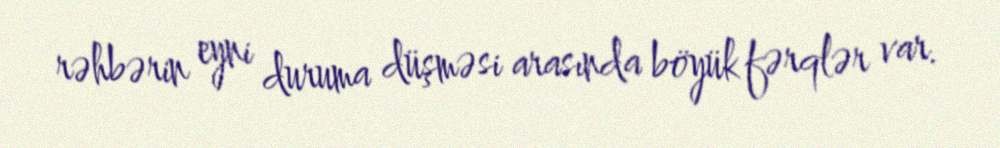
rəhbərin eyni duruma düşməsi arasında böyük fərqlər var.